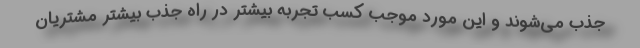
جذب می‌شوند و این مورد موجب کسب تجربه بیشتر در راه جذب بیشتر مشتریان